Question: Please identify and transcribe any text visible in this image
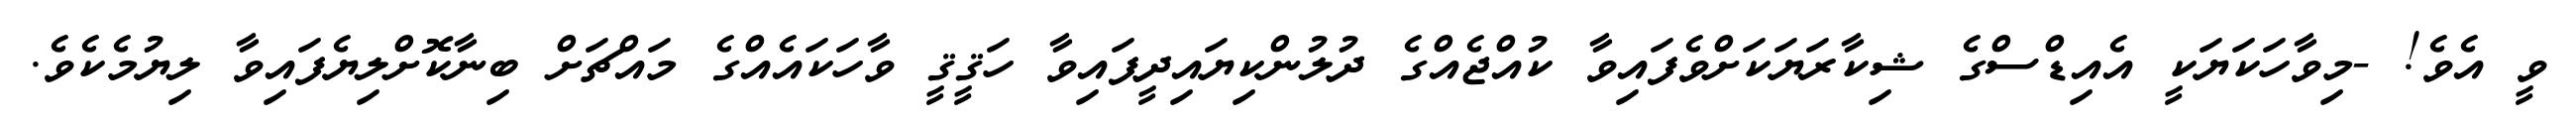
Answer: ވީ އެވެ! -މިވާހަކަޔަކީ އެއިޑްސްގެ ޝިކާރަޔަކަށްވެފައިވާ ކުއްޖެއްގެ ދުލުންކިޔައިދީފައިވާ ހަޤީޤީ ވާހަކައެއްގެ މައްޗަށް ބިނާކޮށްލިޔެފައިވާ ލިޔުމެކެވެ.